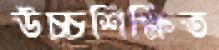
উচ্চশিক্ষিত